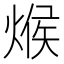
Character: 𪹍